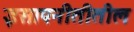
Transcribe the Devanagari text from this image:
इसापनीतीतील